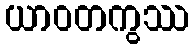
ယာဝတကွဿ